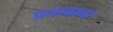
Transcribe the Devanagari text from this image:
प्रतावाना